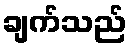
ချက်သည်